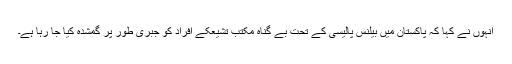
انہوں نے کہا کہ پاکستان میں بیلنس پالیسی کے تحت بے گناہ مکتب تشیعکے افراد کو جبری طور پر گمشدہ کیا جا رہا ہے۔